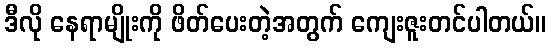
ဒီလို နေရာမျိုးကို ဖိတ်ပေးတဲ့အတွက် ကျေးဇူးတင်ပါတယ်။